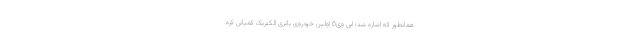
همانطور که اشاره شد؛ ایی وی6 اولین خودروی باتری الکتریک کمپانی کره